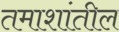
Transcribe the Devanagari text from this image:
तमाशांतील